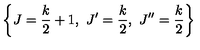
\left\{ J = \frac { k } { 2 } + 1 , \ J ^ { \prime } = \frac { k } { 2 } , \ J ^ { \prime \prime } = \frac { k } { 2 } \right\}